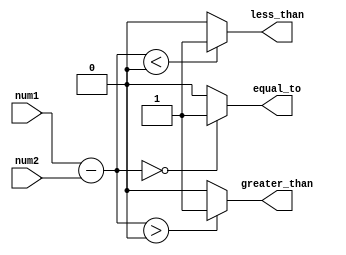
module inequality_comparator(
    input [7:0] num1,
    input [7:0] num2,
    output less_than,
    output greater_than,
    output equal_to
);

reg [8:0] difference;

// Arithmetic blocks
assign difference = num1 - num2;

// Comparator logic
assign less_than = (difference < 9'b0) ? 1'b1 : 1'b0;
assign greater_than = (difference > 9'b0) ? 1'b1 : 1'b0;
assign equal_to = (difference == 9'b0) ? 1'b1 : 1'b0;

endmodule